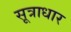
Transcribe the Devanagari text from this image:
सूत्राधार